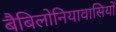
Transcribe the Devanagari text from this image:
बैबिलोनियावासियों